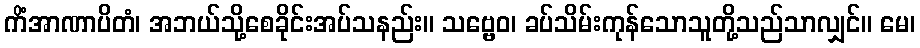
ကိံအာဏာပိတံ၊ အဘယ်သို့စေခိုင်းအပ်သနည်း။ သဗ္ဗေဝ၊ ခပ်သိမ်းကုန်သောသူတို့သည်သာလျှင်။ မေ၊